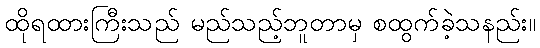
ထိုရထားကြီးသည် မည်သည့်ဘူတာမှ စထွက်ခဲ့သနည်း။